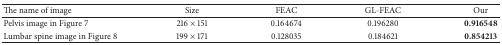
| The name of image | Size | FEAC | GL-FEAC | Our |
 | --- | --- | --- | --- | --- |
 | Pelvis image in Figure 7 | 216 × 151 | 0.164674 | 0.196280 | 0.916548 |
 | Lumbar spine image in Figure 8 | 199 × 171 | 0.128035 | 0.184621 | 0.854213 |